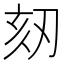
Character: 𠜨